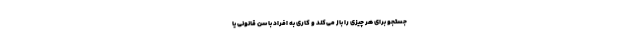
جستجو برای هر چیزی را باز می‌کند و کاری به افراد با سن قانونی یا